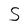
Character: S